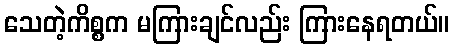
သေတဲ့ကိစ္စက မကြားချင်လည်း ကြားနေရတယ်။